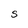
Character: S